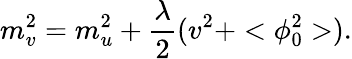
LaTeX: m_{v}^{2}=m_{u}^{2}+\frac{\lambda}{2}(v^{2}+<\phi_{0}^{2}>).